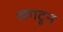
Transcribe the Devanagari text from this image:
लगटून